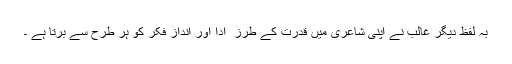
بہ لفظ دیگر غالب نے اپنی شاعری میں قدرت کے طرز ِ ادا اور اندازِ فکر کو ہر طرح سے برتا ہے ۔